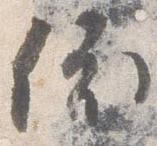
依